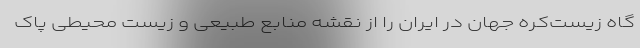
گاه زیست‌کره جهان در ایران را از نقشه منابع طبیعی و زیست محیطی پاک